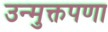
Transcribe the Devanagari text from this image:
उन्मुक्तपणा